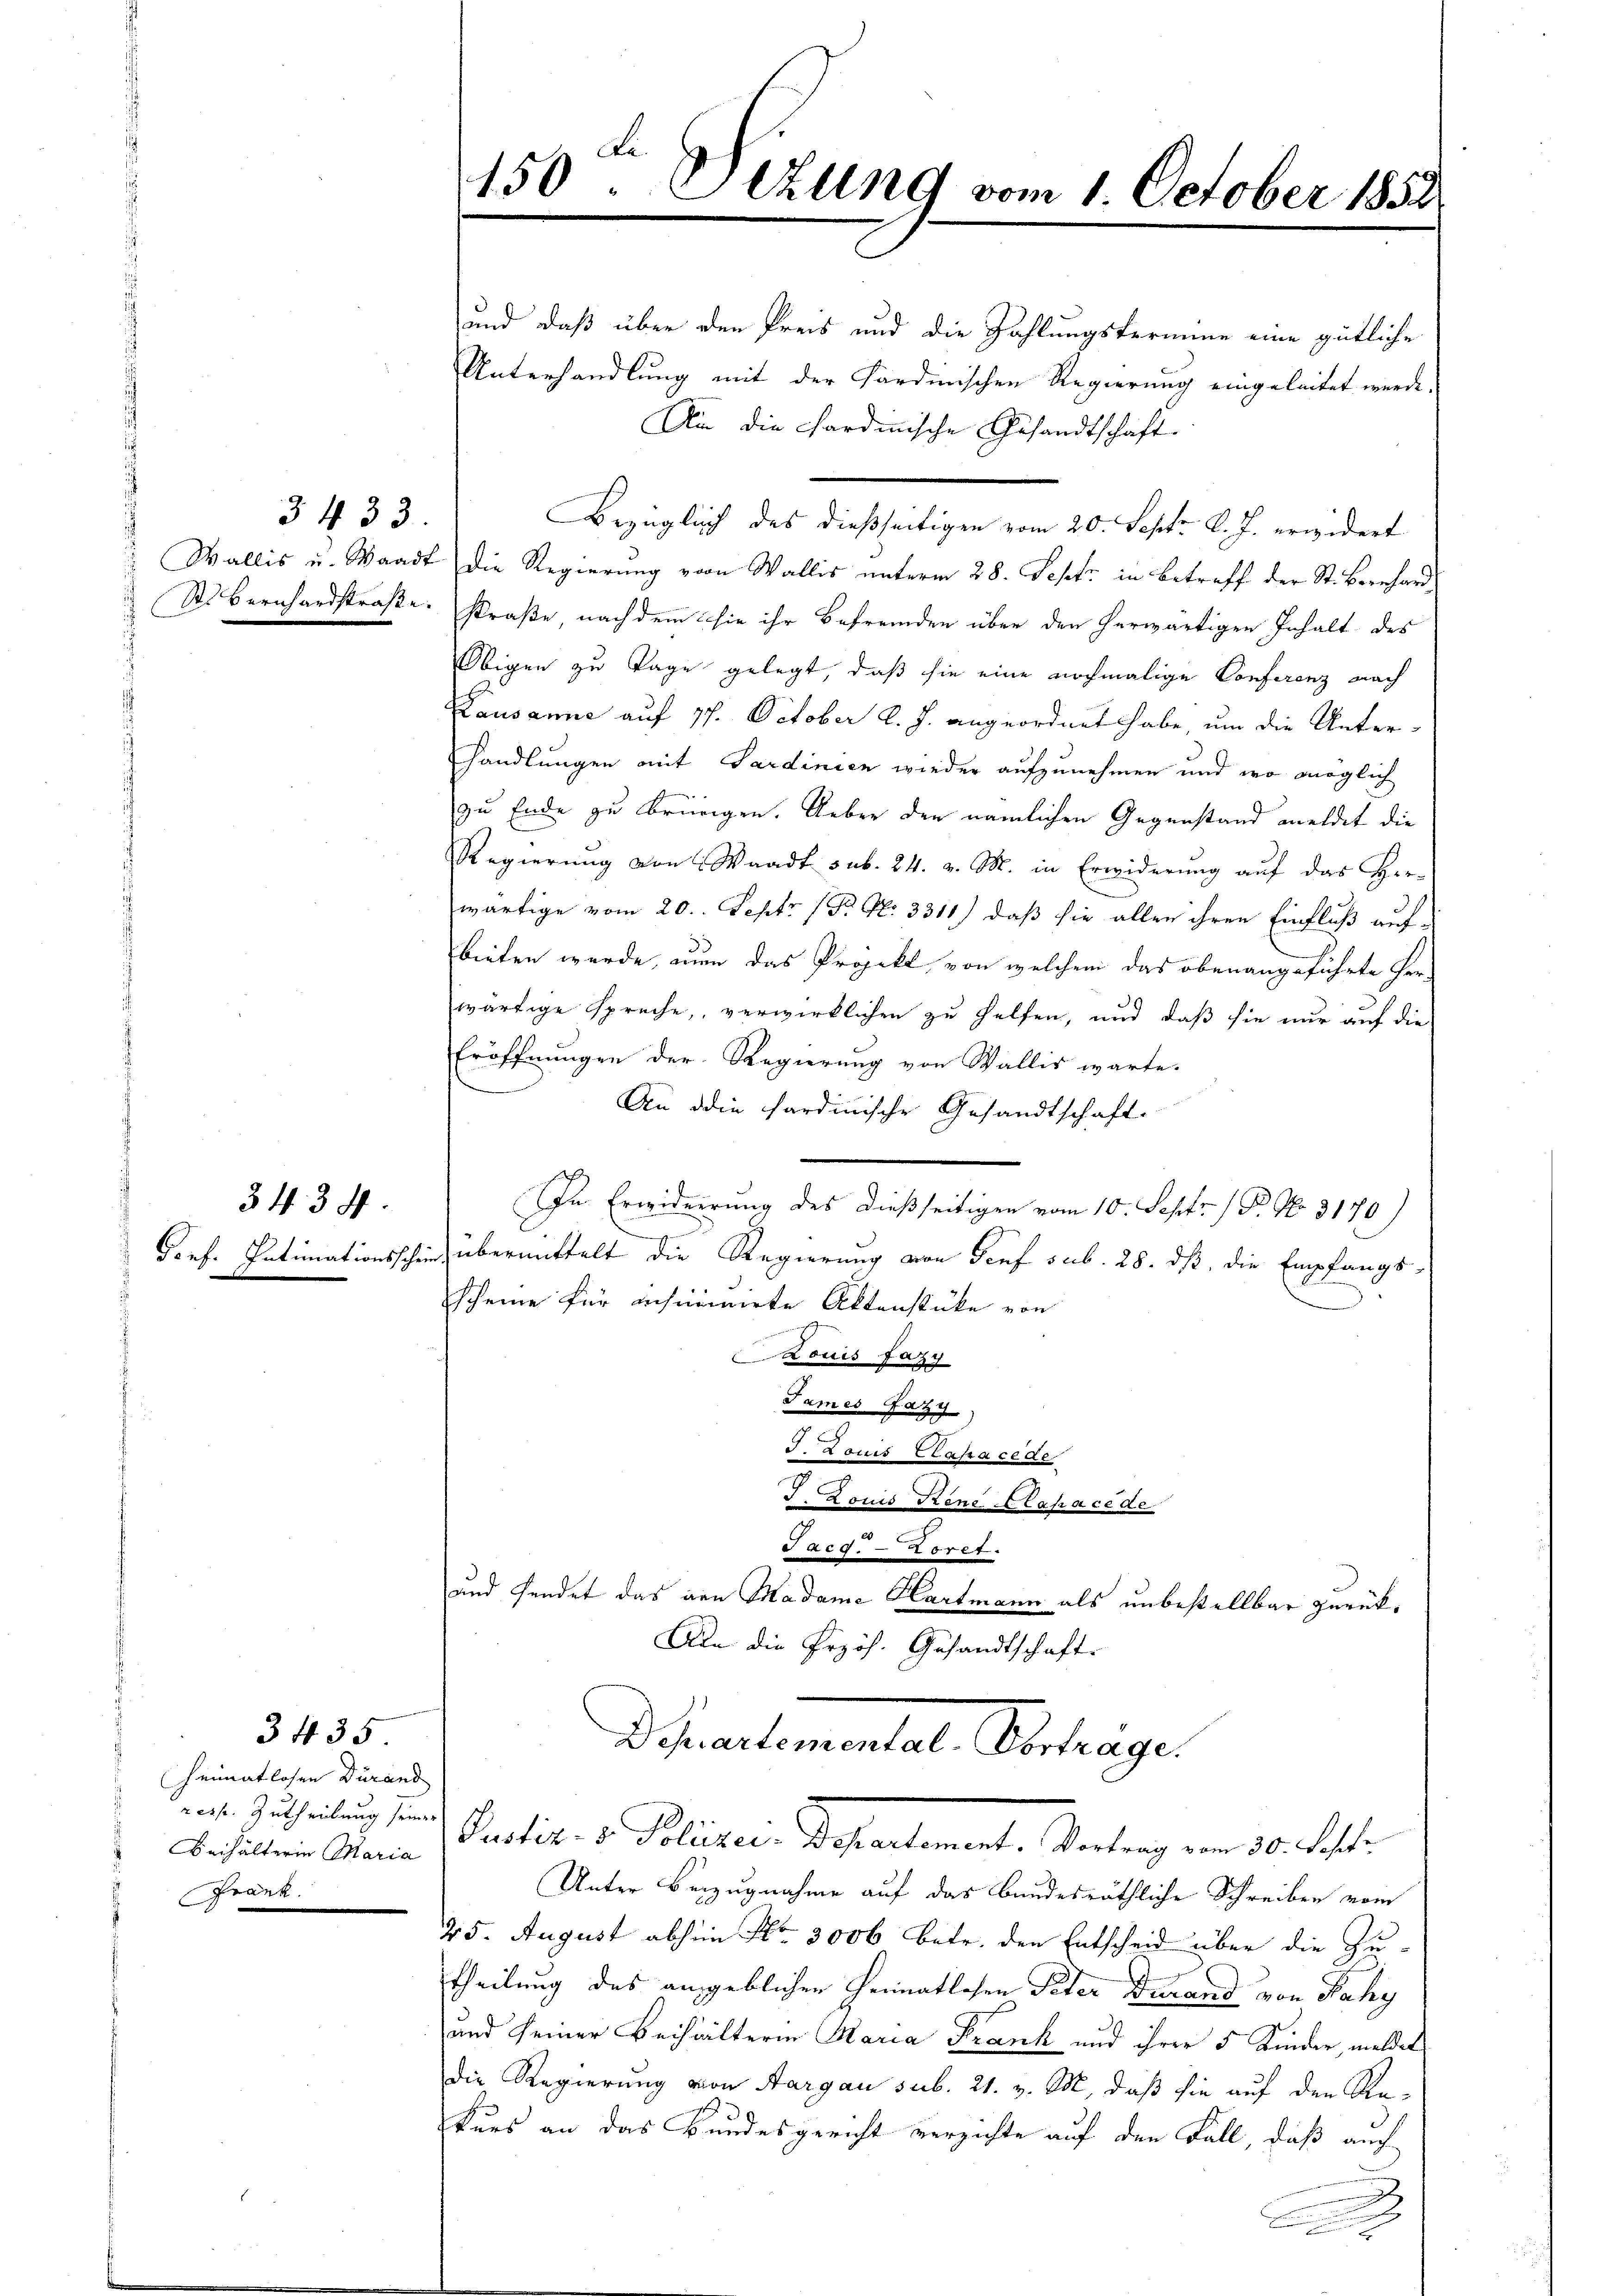
3433

3434.

3435

Heimatlosen Durand
Beihälterin Maria
Frank.

150 Sezung vom 1. October 1852.

und daß über den Preis und die Zahlungstermine eine gütliche
Unterhandlung mit der Sardinischen Regierung eingeleitet werde.
An die Sardinische Gesandtschaft.
Bezüglich des dießseitigen vom 20. Sept. d. J. erwidert
Wallis u. Waadt, die Regierung von Wallis unterm 28. Septz in Betreff der St. Bernhard¬
St. Bernhardstraße. Straße, nach dem sie ihr Befremden über den herwärtigen Inhalt des
Obigen zu Tage gelegt, daß sie eine nochmalige Conferenz nach
Kausanne auf 17. October l. J. angeordnet habe, um die Unter-
handlungen mit Sardinien wieder aufzunehmen und wo möglich
zu Ende zu bringen. Ueber den nämlichen Gegenstand meldet die
Regierŭng von Waadt sub. 24. v. M. in Erwiderŭng aŭf das Her-
wärtige vom 20. Septr (Pr Nr. 3311) daß sie allen ihren Einfluß auf
bieten wurde, nun das Projekt, von welchem das obenangeführte Herwärtige spreche, verwirklichen zu helfen, und daß sie nur auf die
Eröffnungen der Regierung von Wallis warte.
An die hardinische Gesandtschaft.
In Erwiderrung des dießseitigen vom 10. Sept. 1 P. Nr. 3170)
n
Gonf. Intimationsschein übermittelt die Regierung von Tief sub. 28. dß die Empfangs-
scheine für insinuirte Aktenstücke von
Louis Fazy
James Pazz
J. Louis Capace de
J. Louis Rene Klapace de
Sarg. - 4. pret.
und sendet das von Madame Hartmann als unbestellbar zurük¬
An die Erzös. Gesandtschaft.
d Gartementel Abtrage

eiche Zutheilung und Paolit. v. Polizei Departement. Vertrag vom 30. Fehler

Unter Bezugnahme auf das Bundesräthliche Schreiben vom
25. August abhin Nr. 3006 betr. den Entscheid über die Zutheilung des angeblichen Heimatlosen Peter durand von Rahy
und seiner Beihalterin Maria Frank und ihrer 5 Kinder, meldet
die Regierung von Aargau sub. 21. v. M., daß sie auf den Rekurs an das Bundesgericht verzichte auf den Fall, daß auch